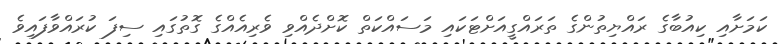
ކަމަށާއި ކިއުބާގެ ރައްޔިތުންގެ ތަރައްގީއަށްޓަކައި މަސައްކަތް ކޮށްދެއްވި ވެރިއެއްގެ ގޮތުގައި ސިފަ ކުރައްވާފައިވެ